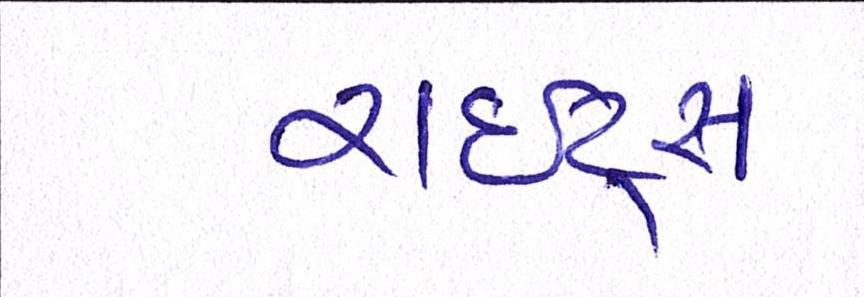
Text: રાઇટ્સ